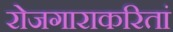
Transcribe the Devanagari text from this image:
रोजगाराकरितां